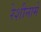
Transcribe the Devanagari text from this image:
रेशीनामे